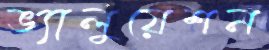
ভ্যালুয়েশন